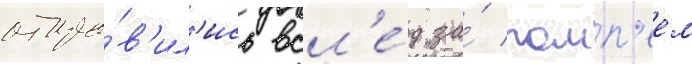
отпра́в'ил'ись всл'е́д за́ помп'еем